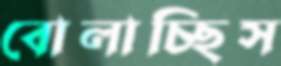
বোলাচ্ছিস